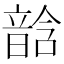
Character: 𩐧